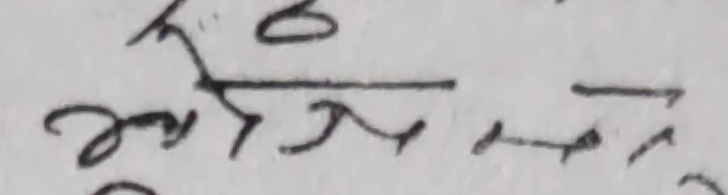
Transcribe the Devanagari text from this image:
मैले